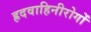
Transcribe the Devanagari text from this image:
ह्रदवाहिनीरोगों